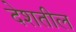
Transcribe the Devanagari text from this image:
देशतील